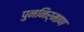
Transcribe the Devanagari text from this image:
पुननिर्माण